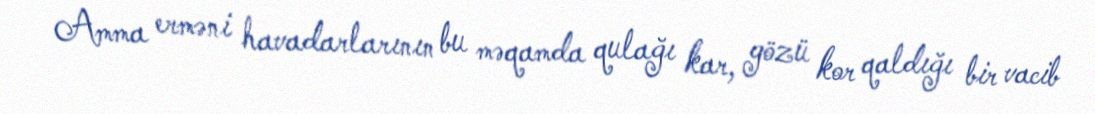
Amma erməni havadarlarının bu məqamda qulağı kar, gözü kor qaldığı bir vacib